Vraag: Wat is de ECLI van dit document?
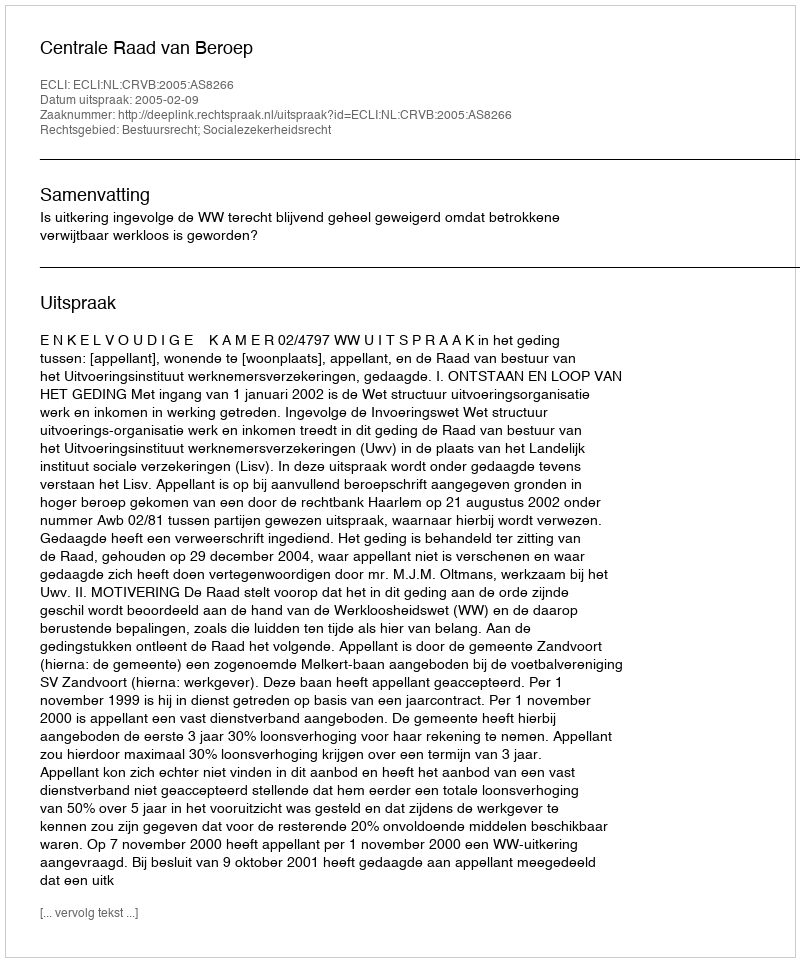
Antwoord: ECLI:NL:CRVB:2005:AS8266